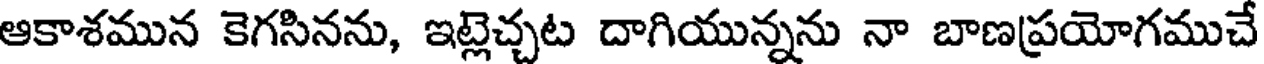
ఆకాశమున కెగసినను, ఇట్లెచ్చట దాగియున్నను నా బాణప్రయోగముచే